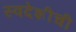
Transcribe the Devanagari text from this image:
स्वदेशीची